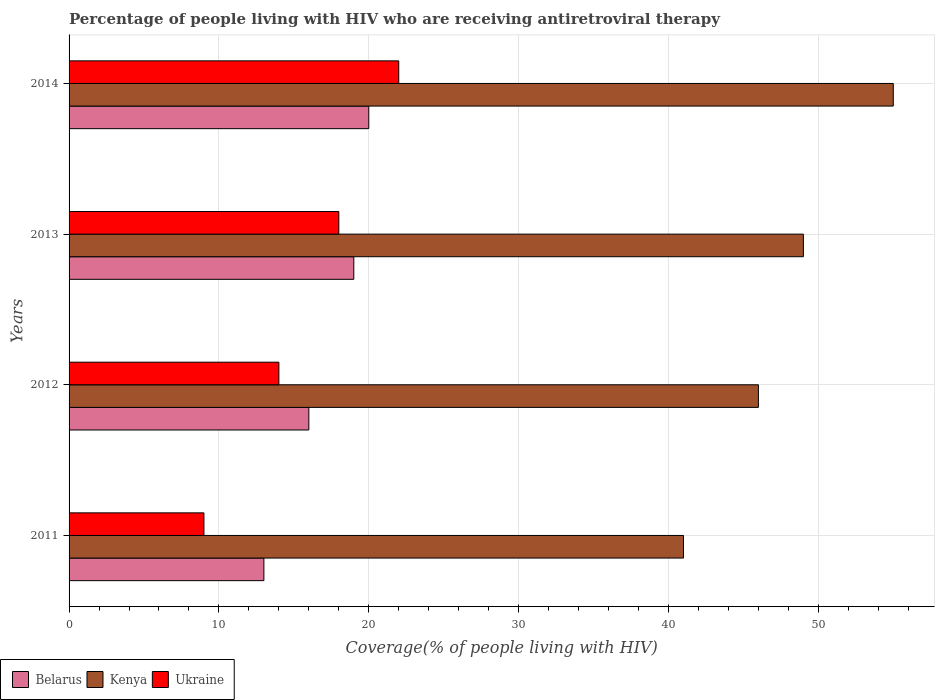
| Years | Belarus | Kenya | Ukraine |
 | --- | --- | --- | --- |
 | 2011 | 13 | 41 | 9 |
 | 2012 | 16 | 46 | 14 |
 | 2013 | 19 | 49 | 18 |
 | 2014 | 20 | 55 | 22 |